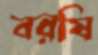
বরষি